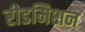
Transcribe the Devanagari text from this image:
रीडमिशन